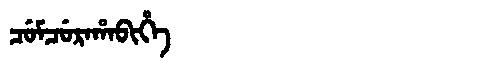
Manchu: ᠴᡠᠮᠴᡠᡵᠠᡥᠠᠪᡳᡥᡝ
Romanization: CUMCURAHABIHE